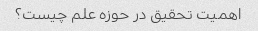
اهمیت تحقیق در حوزه علم چیست؟